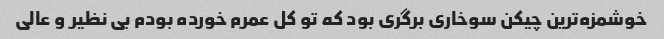
خوشمزه‌ترین چیکن سوخاری برگری بود که تو کل عمرم خورده بودم بی نظیر و عالی